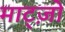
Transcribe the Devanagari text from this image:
माट्ज़ो